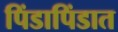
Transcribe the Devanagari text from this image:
पिंडापिंडात